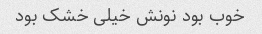
خوب بود نونش خیلی خشک بود